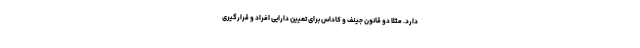
دارد. مثلا دو قانون جینف و کاداس برای تعیین دارایی افراد و قرارگیری